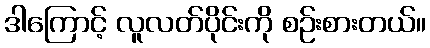
ဒါကြောင့် လူလတ်ပိုင်းကို စဉ်းစားတယ်။